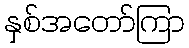
နှစ်အတော်ကြာ